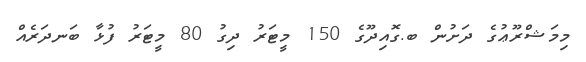
މިމަޝްރޫޢުގެ ދަށުން ބ.ގޮއިދޫގެ 150 މީޓަރު ދިގު 80 މީޓަރު ފުޅާ ބަނދަރެއް